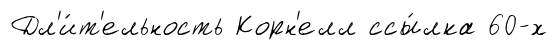
Дл'и́т'ельность Корн'елл ссы́лка 60-х